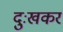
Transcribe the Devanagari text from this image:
दुःखकर